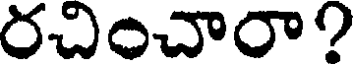
రచించారా?